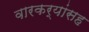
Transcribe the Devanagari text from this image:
वारकर्‍यांसह